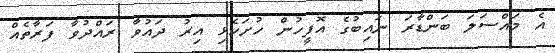
އެ މައްސަލަ ބަންޑާރަ ނައިބުގެ އޮފީހުން ހުށަހެޅި އިރު ދައުވާ ރައްދުވާ ފަރާތެއް